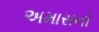
અમાસનો